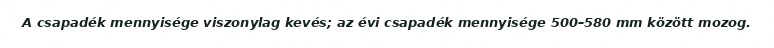
A csapadék mennyisége viszonylag kevés; az évi csapadék mennyisége 500–580 mm között mozog.